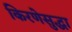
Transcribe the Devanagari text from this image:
किरणेसुद्धा